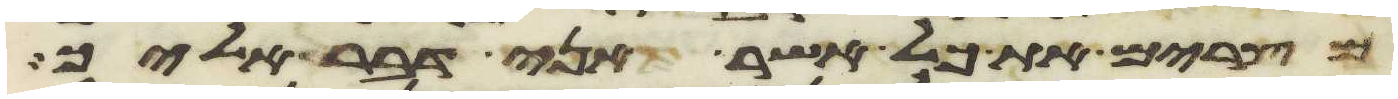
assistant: מצרים את כל אשר אני דבר אליך